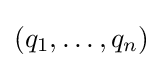
(q_{1},\ldots ,q_{n})